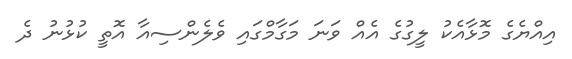
އިއްޔެގެ މޮޅާއެކު ލީގުގެ އެއް ވަނަ މަގާމްގައި ވެލެންސިއާ އޮތީ ކުޅުނު ދެ